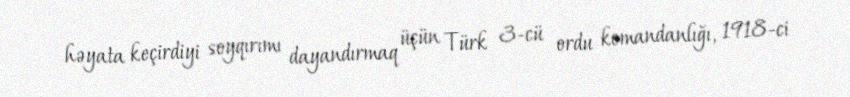
həyata keçirdiyi soyqırımı dayandırmaq üçün Türk 3-cü ordu komandanlığı, 1918-ci